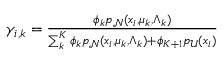
\begin{array} { r } { \gamma _ { i , k } = \frac { \phi _ { k } p _ { \mathcal N } ( x _ { i } , \mu _ { k } , \Lambda _ { k } ) } { \sum _ { k } ^ { K } \phi _ { k } p _ { \mathcal N } ( x _ { i } , \mu _ { k } , \Lambda _ { k } ) + \phi _ { K + 1 } p _ { \mathcal { U } } ( x _ { i } ) } } \end{array}